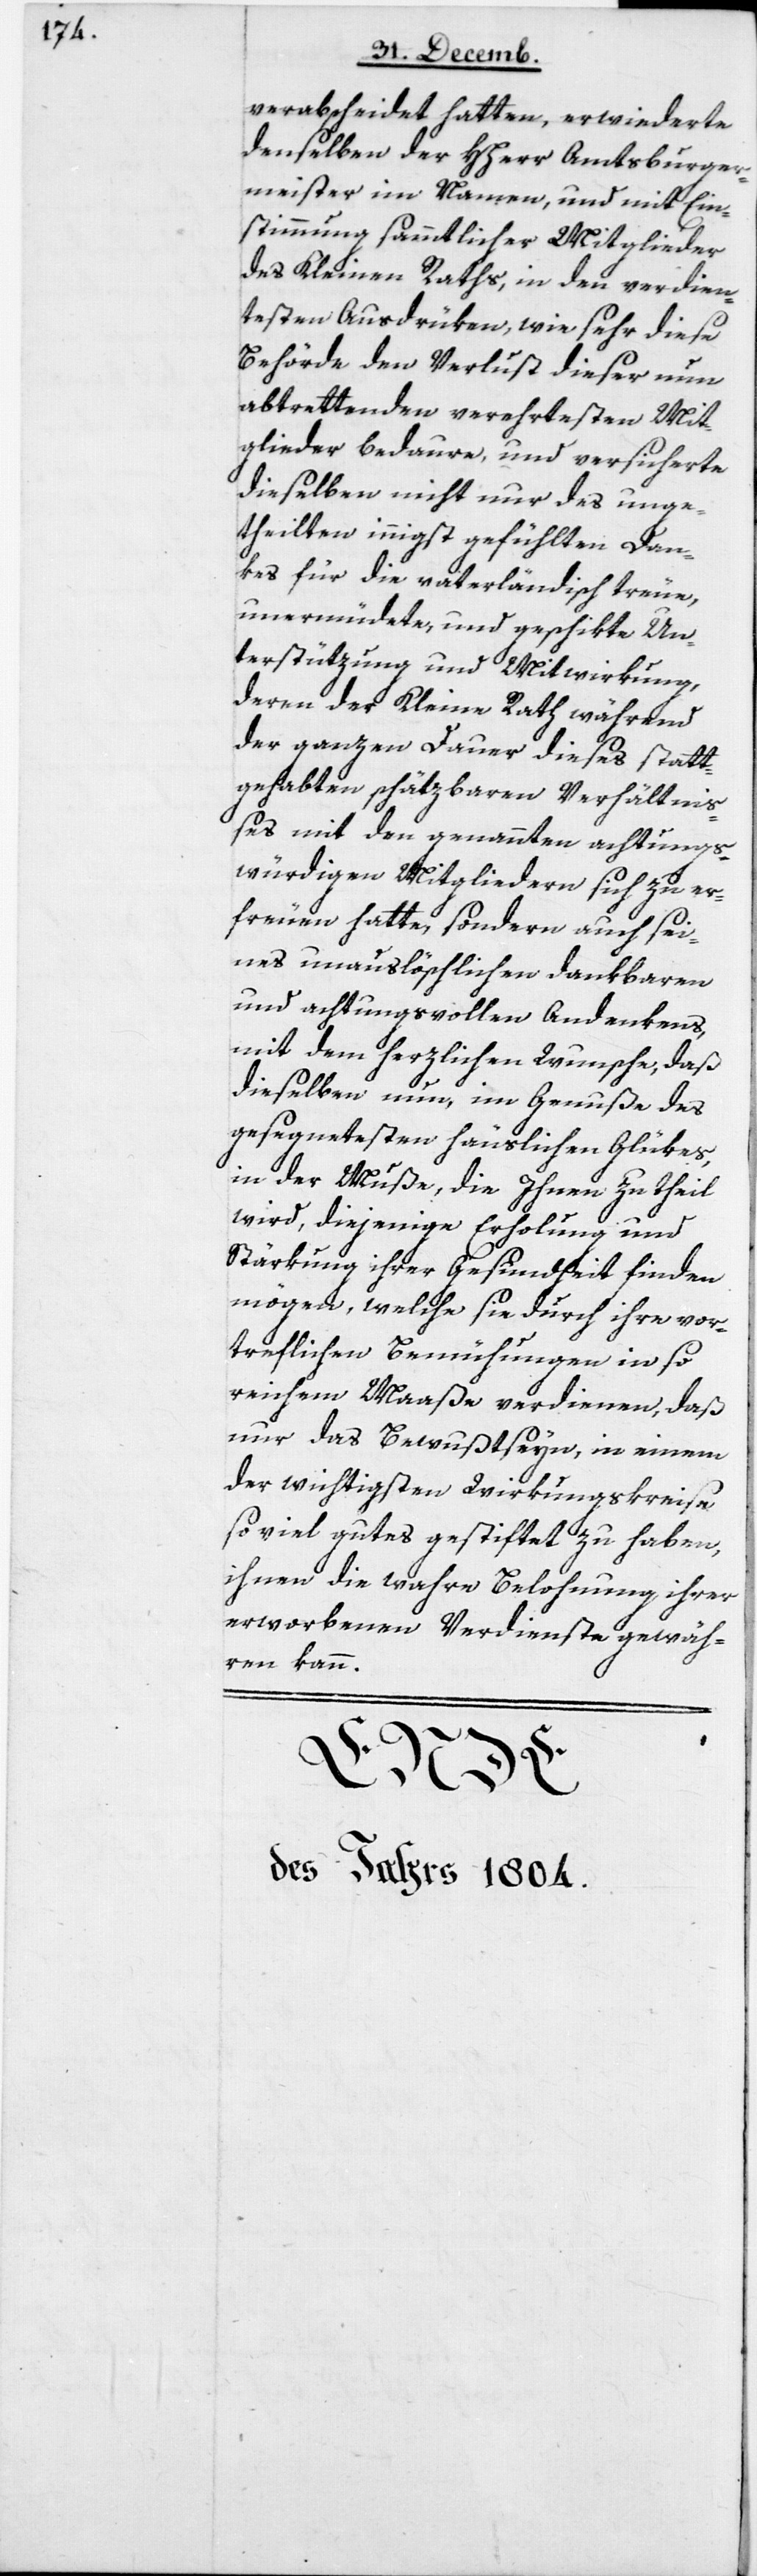
verabscheidet hatten, erwiderte
denselben der HHerr Amtsburger¬
meister im Namen und mit Ein¬
stimmung sämmtlicher Mitglieder
des Kleinen Raths, in den verdien¬
testen Ausdrüken, wie sehr diese
Behörde den Verlust dieser nun
abtrettenden verehrtesten Mit¬
glieder bedaure, und versicherte
dieselben nicht nur des unge¬
theilten innigst gefühlten Dan¬
kes für die vaterländisch treue,
unermüdete und geschikte Un¬
terstützung und Mitwirkung,
deren der Kleine Rath während
der ganzen Dauer dieses statt¬
gehabten schätzbaren Verhältni¬
ßes mit den genannten achtungs¬
würdigen Mitgliedern sich zu er¬
freuen hatte, sondern auch sei¬
nes unauslöschlichen dankbaren
und achtungsvollen Andenkens,
mit dem herzlichen Wunsche, daß
dieselben nun, im Genuße des
gesegnetesten häuslichen Glükes,
in der Muße, die ihnen zutheil
wird, diejenige Erholung und
Stärkung ihrer Gesundheit finden
mögen, welche sie durch ihre vor¬
trefflichen Bemühungen in so
reichem Maaße verdienen, daß
nur das Bewußtsein, in einem
der wichtigsten Wirkungskreise
so viel Gutes gestiftet zu haben,
ihnen die wahre Belohnung ihrer
erworbenen Verdienste gewäh¬
ren kann.